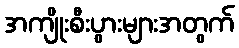
အကျိုးစီးပွားများအတွက်